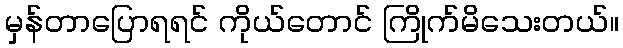
မှန်တာပြောရရင် ကိုယ်တောင် ကြိုက်မိသေးတယ်။